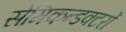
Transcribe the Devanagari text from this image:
सेमिकन्डक्टरों